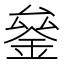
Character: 𰼫